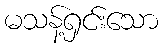
မသန့်ရှင်းသော